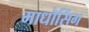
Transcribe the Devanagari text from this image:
माधोसिंग